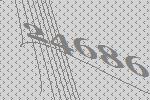
24686